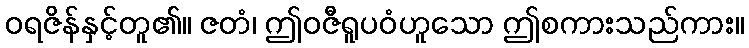
ဝရဇိန်နှင့်တူ၏။ ဇတံ၊ ဤဝဇီရူပဝံဟူသော ဤစကားသည်ကား။